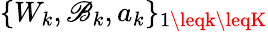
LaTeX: \{ W_{k},\mathscr{B}_{k},a_{k}\} _{1\leqk\leqK}